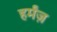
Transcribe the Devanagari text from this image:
हर्मंज़